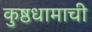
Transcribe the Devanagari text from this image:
कुष्ठधामाची